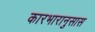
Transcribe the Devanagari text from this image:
कारभारानुसास